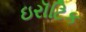
ઇરૉટિક